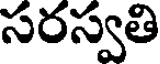
సరస్వతి